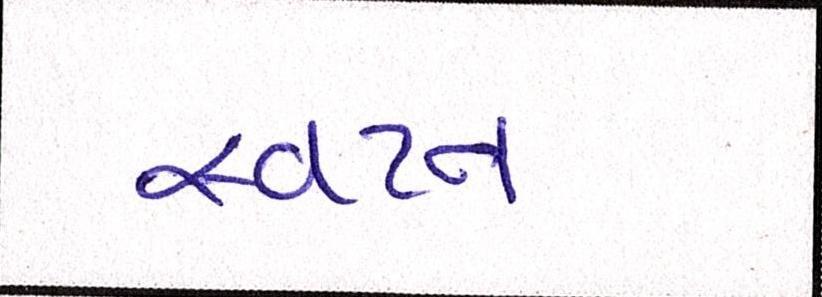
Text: સ્વપ્ન